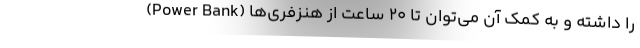
(Power Bank) را داشته و به کمک آن می‌توان تا 20 ساعت از هنزفری‌ها